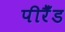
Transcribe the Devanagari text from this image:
पीरैँड